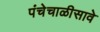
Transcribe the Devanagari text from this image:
पंचेचाळीसावे